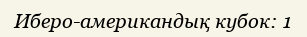
Иберо-американдық кубок: 1